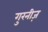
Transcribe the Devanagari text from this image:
गुरनीज़